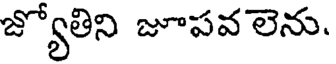
జ్యోతిని జూపవ లెను.